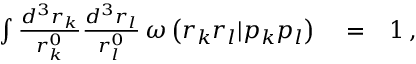
\begin{array} { r l r } { \int \frac { d ^ { 3 } r _ { k } } { r _ { k } ^ { 0 } } \frac { d ^ { 3 } r _ { l } } { r _ { l } ^ { 0 } } \, \omega \left( r _ { k } r _ { l } | p _ { k } p _ { l } \right) } & { { } = } & { 1 \, , } \end{array}